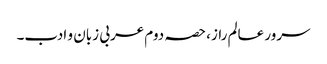
سرور عالم راز، حصہ دوم	عربی زبان و ادب۔